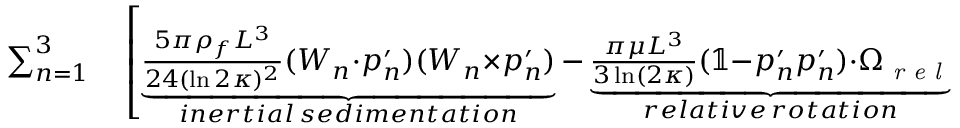
\begin{array} { r l } { \sum _ { n = 1 } ^ { 3 } } & { { } \left[ \underbrace { \frac { 5 \pi \rho _ { f } L ^ { 3 } } { 2 4 ( \ln 2 \kappa ) ^ { 2 } } ( \boldsymbol { W } _ { n } { \cdot } \boldsymbol { p } _ { n } ^ { \prime } ) ( \boldsymbol { W } _ { n } { \times } \boldsymbol { p } _ { n } ^ { \prime } ) } _ { i n e r t i a l \, s e d i m e n t a t i o n } - \underbrace { \frac { \pi \mu L ^ { 3 } } { 3 \ln ( 2 \kappa ) } ( \mathbb { 1 } { - } \boldsymbol { p } _ { n } ^ { \prime } \boldsymbol { p } _ { n } ^ { \prime } ) { \cdot } \boldsymbol { \Omega } _ { \textit { r e l } } } _ { r e l a t i v e \, r o t a t i o n } \right. } \end{array}